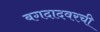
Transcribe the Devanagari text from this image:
बगदादवरची